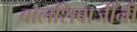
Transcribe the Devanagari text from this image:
बालशिवाजींनी